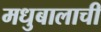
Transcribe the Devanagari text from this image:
मधुबालाची